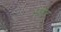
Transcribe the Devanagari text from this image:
अरुंदु